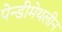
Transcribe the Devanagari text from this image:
पेन्‍डीमेथलीन